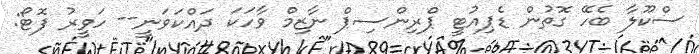
ސްކޫލާ ބެހޭ ގޮތުން ޑެޕިއުޓީ ޕްރިންސިޕް ނާޒިމް ވާހަކަ ދައްކަވަނީ-- ހަވީރު ފޮޓޯ: